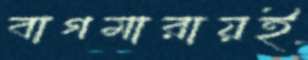
বাগমারায়ই